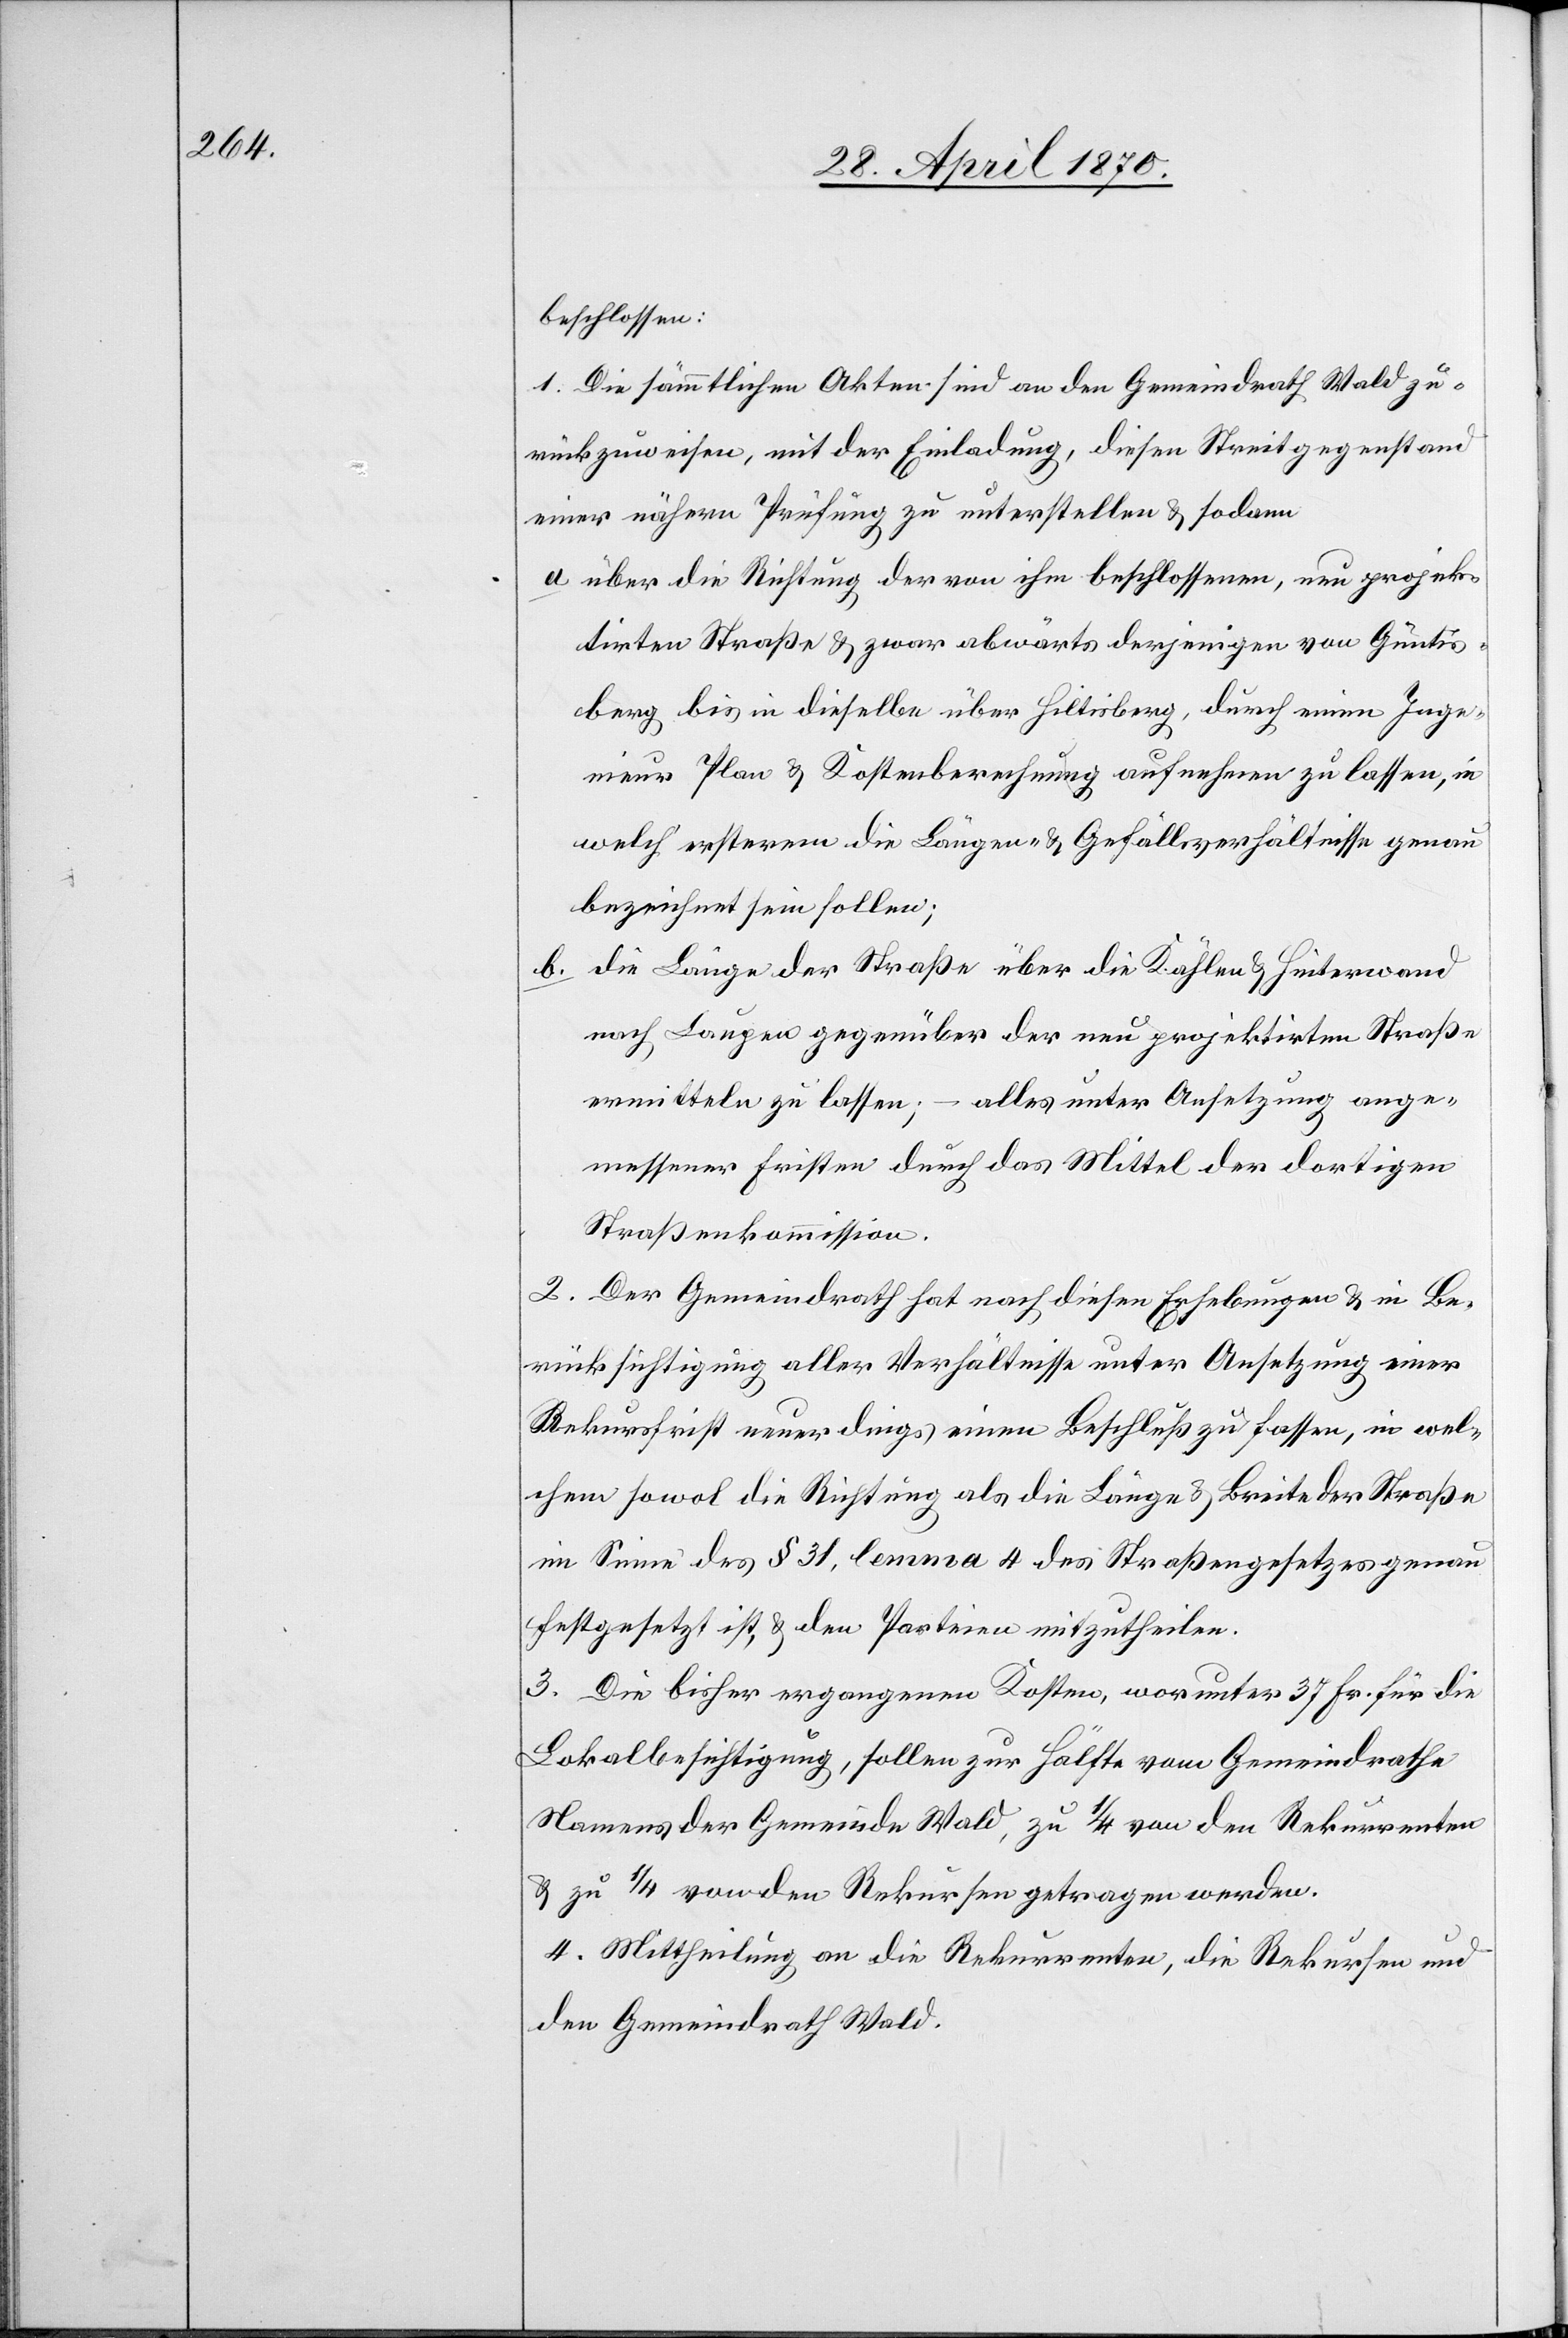
beschlossen:
1. Die sämmtlichen Akten sind an den Gemeindrath Wald zu¬
rückzuweisen, mit der Einladung, diesen Streitgegenstand
einer nähern Prüfung zu unterstellen & sodann
a. über die Richtung der von ihm beschlossenen, neu projek¬
tirten Straße & zwar abwärts derjenigen von Güntis¬
berg bis in dieselbe über Hiltisberg, durch einen Inge¬
nieur Plan & Kostenberechnung aufnehmen zu lassen, in
welch‘ ersterem die Längen- & Gefällsverhältnisse genau
bezeichnet sein sollen;
b. die Länge der Straße über die Kählen & Hinterwand
nach Laupen gegenüber der neu projektirten Straße
ermitteln zu lassen; – alles unter Ansetzung ange¬
messener Fristen durch das Mittel der dortigen
Straßenkommission.
2. Der Gemeindrath hat nach diesen Erhebungen & in Be¬
rücksichtigung aller Verhältnisse unter Ansetzung einer
Rekursfrist neuerdings einen Beschluß zu fassen, in wel¬
chem sowol die Richtung als die Länge & Breite der Straße
im Sinne des § 31, lemma 4 des Straßengesetzes genau
festgesetzt ist, & den Parteien mitzutheilen.
3. Die bisher ergangenen Kosten, worunter 37 Fr. für die
Lokalbesichtigung, sollen zur Hälfte vom Gemeindrathe
Namens der Gemeinde Wald, zu 1/4 von den Rekurrenten
& zu 1/4 von den Rekursen getragen werden.
4. Mittheilung an die Rekurrenten, die Rekursen und
den Gemeindrath Wald.